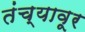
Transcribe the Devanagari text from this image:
तंच्यावूर